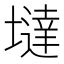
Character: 墶